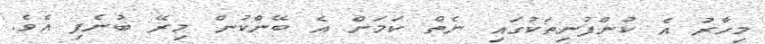
މިހާރު އެ ކުންފުނިތަކުގައި ނެތް ކަމަށް އެ ބޭންކުން މިރޭ ބުނެފި އެވެ.